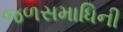
જળસમાધિની